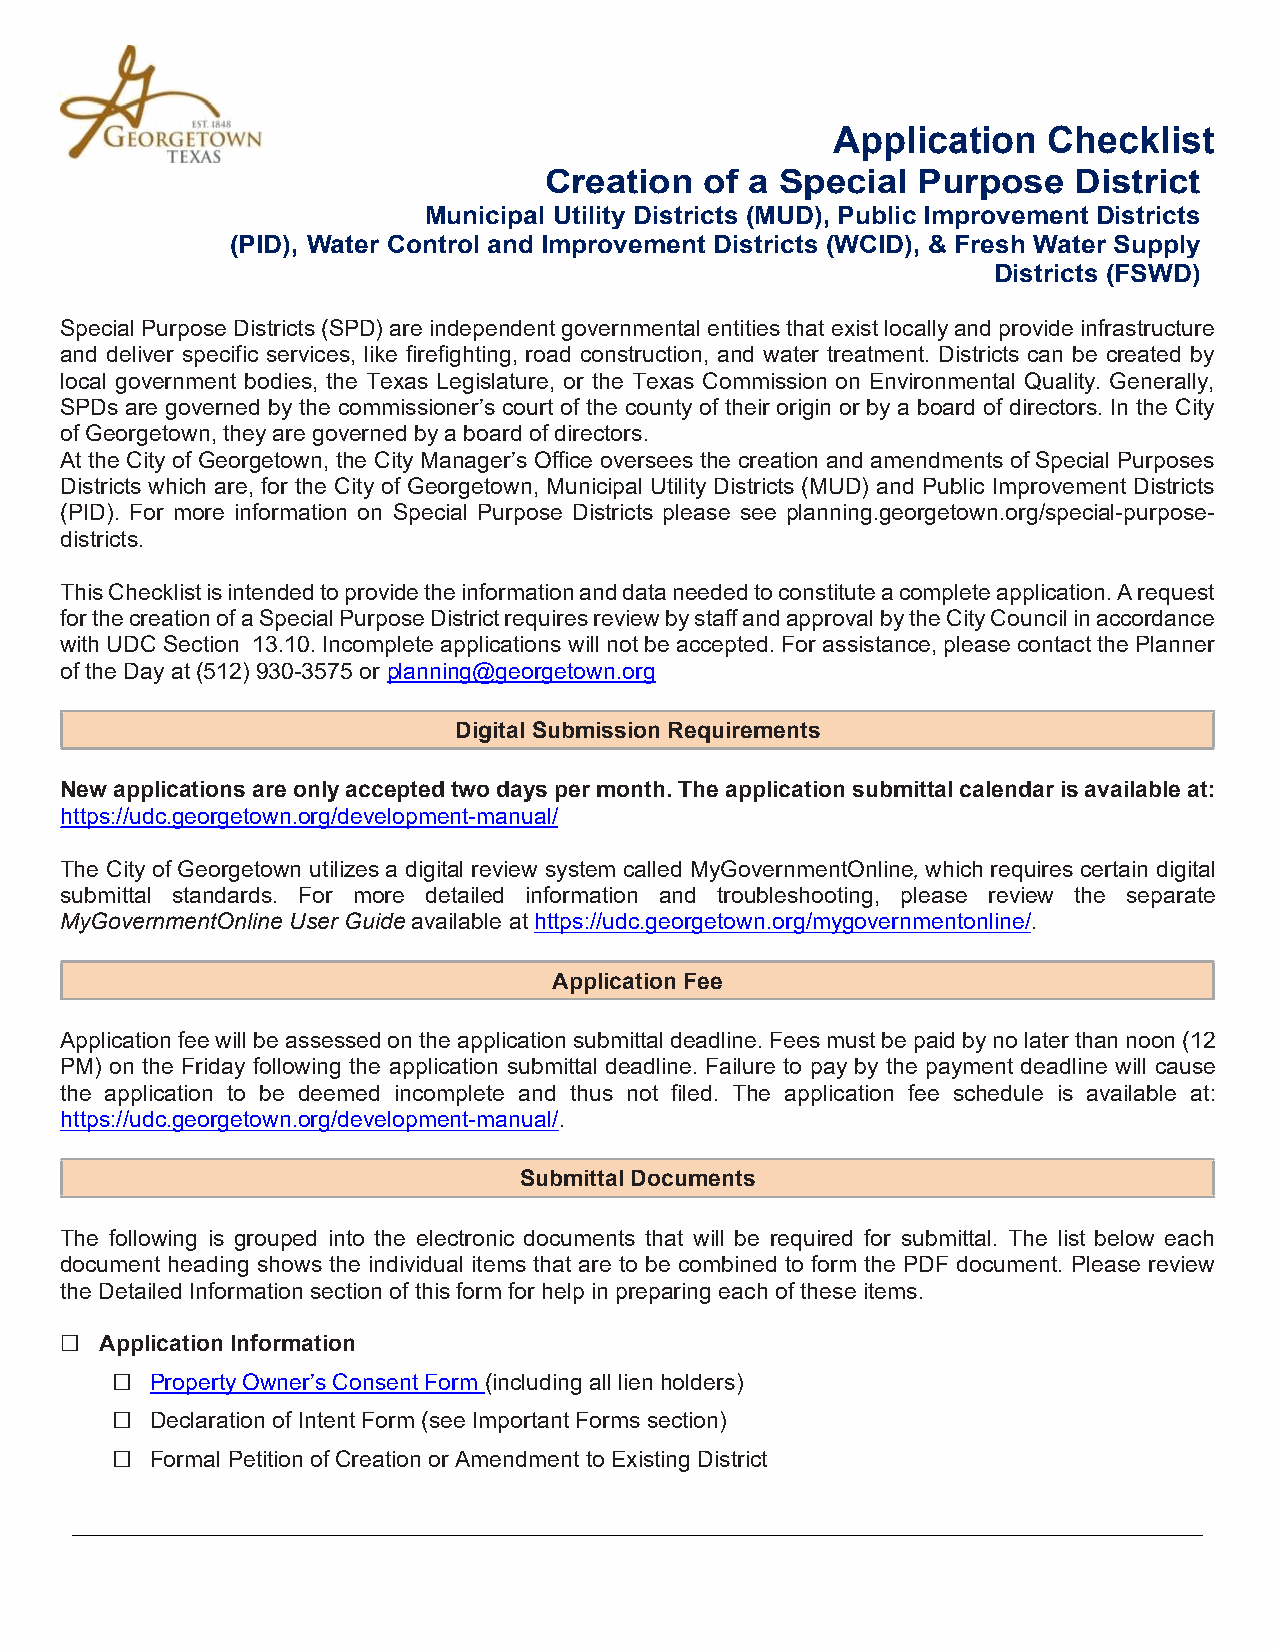
Application   Checklist
 Creation   of a Special  Purpose   District
 Municipal Utility Districts (MUD), Public Improvement Districts
 (PID), Water Control and Improvement Districts (WCID), & Fresh Water Supply
 Districts (FSWD)
 Special Purpose Districts (SPD) are independent governmental entities that exist locally and provide infrastructure
 and deliver specific services, like firefighting, road construction, and water treatment. Districts can be created by
 local government bodies, the Texas Legislature, or the Texas Commission on Environmental Quality. Generally,
 SPDs are governed by the commissioner’s court of the county of their origin or by a board of directors. In the City
 of Georgetown, they are governed by a board of directors.
 At the City of Georgetown, the City Manager’s Office oversees the creation and amendments of Special Purposes
 Districts which are, for the City of Georgetown, Municipal Utility Districts (MUD) and Public Improvement Districts
 (PID). For more information on Special Purpose Districts please see planning.georgetown.org/special-purpose-
 districts.
 This Checklist is intended to provide the information and data needed to constitute a complete application. A request
 for the creation of a Special Purpose District requires review by staff and approval by the City Council in accordance
 with UDC Section 13.10. Incomplete applications will not be accepted. For assistance, please contact the Planner
 of the Day at (512) 930-3575 or planning@georgetown.org
 Digital Submission Requirements
 New applications are only accepted two days per month. The application submittal calendar is available at:
 https://udc.georgetown.org/development-manual/
 The City of Georgetown utilizes a digital review system called MyGovernmentOnline, which requires certain digital
 submittal standards. For more detailed information and troubleshooting, please review the separate
 MyGovernmentOnline User Guide available at https://udc.georgetown.org/mygovernmentonline/.
 Application Fee
 Application fee will be assessed on the application submittal deadline. Fees must be paid by no later than noon (12
 PM) on the Friday following the application submittal deadline. Failure to pay by the payment deadline will cause
 the application to be deemed incomplete and thus not filed. The application fee schedule is available at:
 https://udc.georgetown.org/development-manual/.
 Submittal Documents
 The following is grouped into the electronic documents that will be required for submittal. The list below each
 document heading shows the individual items that are to be combined to form the PDF document. Please review
 the Detailed Information section of this form for help in preparing each of these items.
 ☐  Application Information
 □  Property Owner’s Consent Form (including all lien holders)
 □  Declaration of Intent Form (see Important Forms section)
 □  Formal Petition of Creation or Amendment to Existing District